Scottish Leaving Certificate Examination, 1960
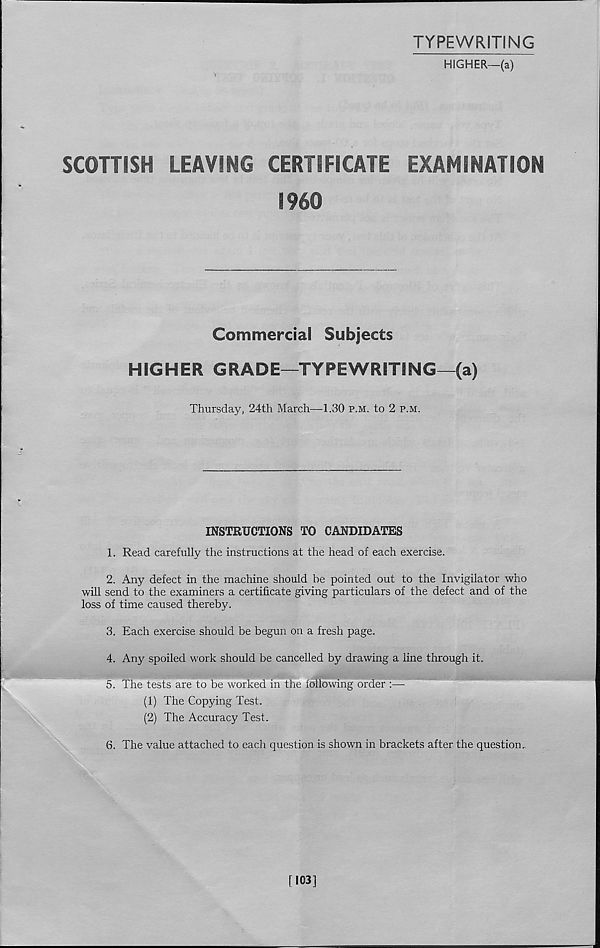
TYPEWRITING
HIGHER—(a)
SCOTTISH
LEAVING CERTIFICATE
EXAMINATION
I960
Commercial Subjects
HIGHER GRADE—TYPEWRITING—(a)
Thursday, 24th March—1.30 p.m. to 2 p.m.
INSTRUCTIONS TO CANDIDATES
1. Read carefully the instructions at the head of each exercise.
2. Any defect in the machine should be pointed out to the Invigilator who
will send to the examiners a certificate giving particulars of the defect and of the
loss of time caused thereby.
3. Each exercise should be begun on a fresh page.
4. Any spoiled work should be cancelled by drawing a line through it,
5. The tests are to be worked in the following order :—
(1) The Copying Test.
(2) The Accuracy Test.
6. The value attached to each question is shown in brackets after the question.